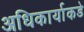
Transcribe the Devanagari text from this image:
अधिकार्याकडे